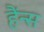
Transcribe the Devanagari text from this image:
हैंन्स